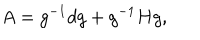
A = g ^ { - 1 } d g + g ^ { - 1 } H g ,